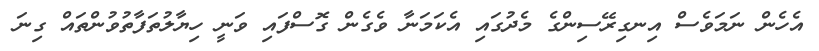
އެހެން ނަމަވެސް އިނގިރޭސިންގެ މެދުގައި އެކަމަނާ ވެގެން ގޮސްފައި ވަނީ ހިޔާލުތަފާތުވުންތައް ގިނަ